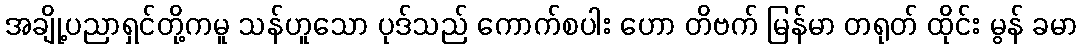
အချို့ပညာရှင်တို့ကမူ သန်ဟူသော ပုဒ်သည် ကောက်စပါး ဟော တိဗက် မြန်မာ တရုတ် ထိုင်း မွန် ခမာ